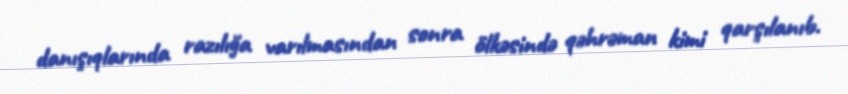
danışıqlarında razılığa varılmasından sonra ölkəsində qəhrəman kimi qarşılanıb.